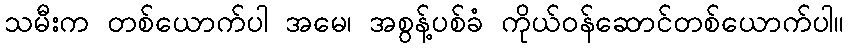
သမီးက တစ်ယောက်ပါ အမေ၊ အစွန့်ပစ်ခံ ကိုယ်ဝန်ဆောင်တစ်ယောက်ပါ။